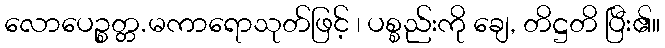
လောပေဉ္စတ္တ.မကာရောသုတ်ဖြင့် ၊ ပစ္စည်းကို ချေ, တိဋ္ဌတိ ပြီး၏။